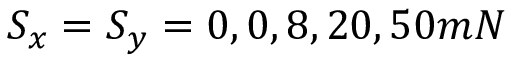
S _ { x } = S _ { y } = 0 , 0 , 8 , 2 0 , 5 0 m N